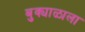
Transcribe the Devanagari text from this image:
बुक्याळाला